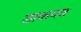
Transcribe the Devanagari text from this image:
डाकपत्र